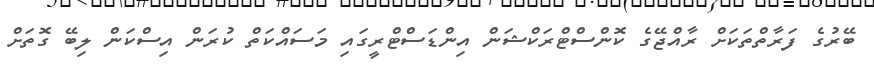
ބޭރުގެ ފަރާތްތަކަށް ރާއްޖޭގެ ކޮންސްޓްރަކްޝަން އިންޑަސްޓްރީގައި މަސައްކަތް ކުރަން އިސްކަން ލިބޭ ގޮތަށް